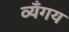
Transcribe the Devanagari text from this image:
व्यँगय